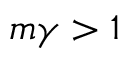
m \gamma > 1